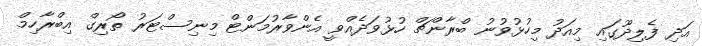
އަދި ފެލިދޫގައި މިއަދު މިހުޅުވުނު ބްރާންޗް ހުޅުވަދެއްވީ އެންވާރުމަންޓް މިނިސްޓަރު ތޯރިގް އިބްރާހިމް